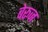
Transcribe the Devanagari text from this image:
बेरूज